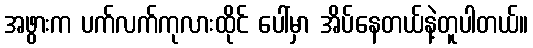
အဖွားက ပက်လက်ကုလားထိုင် ပေါ်မှာ အိပ်နေတယ်နဲ့တူပါတယ်။